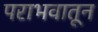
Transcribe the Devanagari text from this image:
पराभवातून